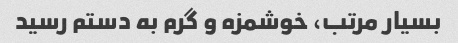
بسیار مرتب، خوشمزه و گرم به دستم رسید